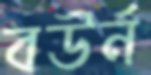
বউর্ন